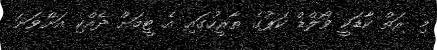
މި ރަތް ކާޑަކީ ވޯލްޑް ކަޕުގެ ތާރީހުގައި އެ ޓީމަށް ދެއްކި އަށްވަނަ